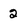
Character: 2